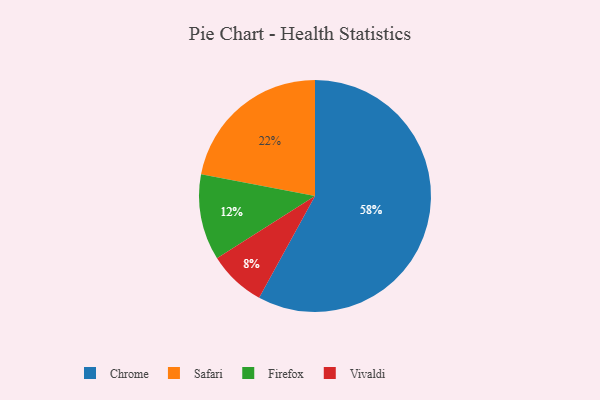
{"axis": {"x": "Category", "y": "Percentage"}, "legend": ["Chrome", "Firefox", "Safari", "Vivaldi"], "data": [{"x": "Safari", "y": 22, "type": "Safari"}, {"x": "Vivaldi", "y": 8, "type": "Vivaldi"}, {"x": "Firefox", "y": 12, "type": "Firefox"}, {"x": "Chrome", "y": 58, "type": "Chrome"}]}